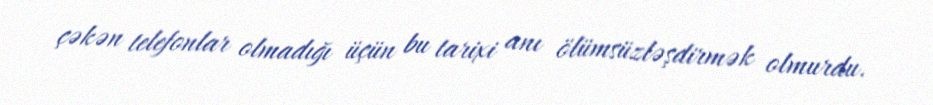
çəkən telefonlar olmadığı üçün bu tarixi anı ölümsüzləşdirmək olmurdu.